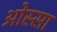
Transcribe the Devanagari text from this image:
ओस्सा